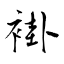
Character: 褂